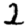
Digit: 2